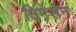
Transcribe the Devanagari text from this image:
टिमेसेन